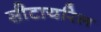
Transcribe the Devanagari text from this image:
सीटायरिल